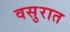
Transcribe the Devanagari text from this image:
वसुरात